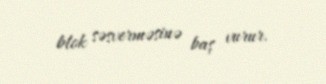
blok səsverməsinə baş vurur.